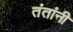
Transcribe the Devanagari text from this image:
तंतांनी